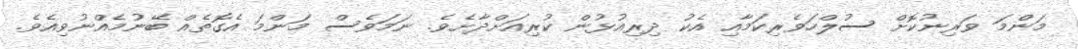
މަންމަ ވަރިނުކޮށް ސުލްހަވެރިކަމާއި އެކު ދިރިއުޅުން ކުރިއަށްދާށެވެ. ނަމަވެސް މަންމަ އެގޮތެއް ބޭނުމެއްނުވިއެވެ.